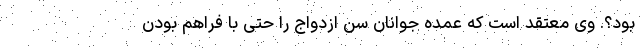
بود؟. وی معتقد است که عمده جوانان سن ازدواج را حتی با فراهم بودن